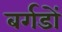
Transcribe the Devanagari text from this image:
बर्गडों